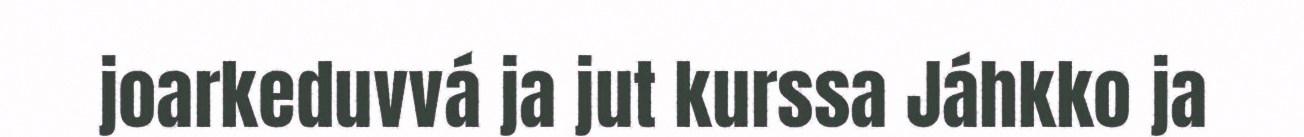
joarkeduvvá ja jut kurssa Jáhkko ja